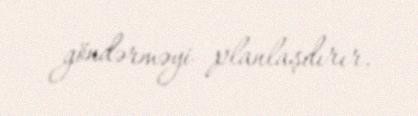
göndərməyi planlaşdırır.